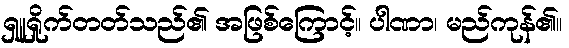
ရှူရှိုက်တတ်သည်၏ အဖြစ်ကြောင့်။ ပါဏာ၊ မည်ကုန်၏။